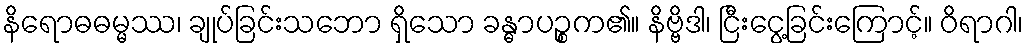
နိရောဓဓမ္မဿ၊ ချုပ်ခြင်းသဘော ရှိသော ခန္ဓာပဉ္စက၏။ နိဗ္ဗိဒါ၊ ငြီးငွေ့ခြင်းကြောင့်။ ဝိရာဂါ၊